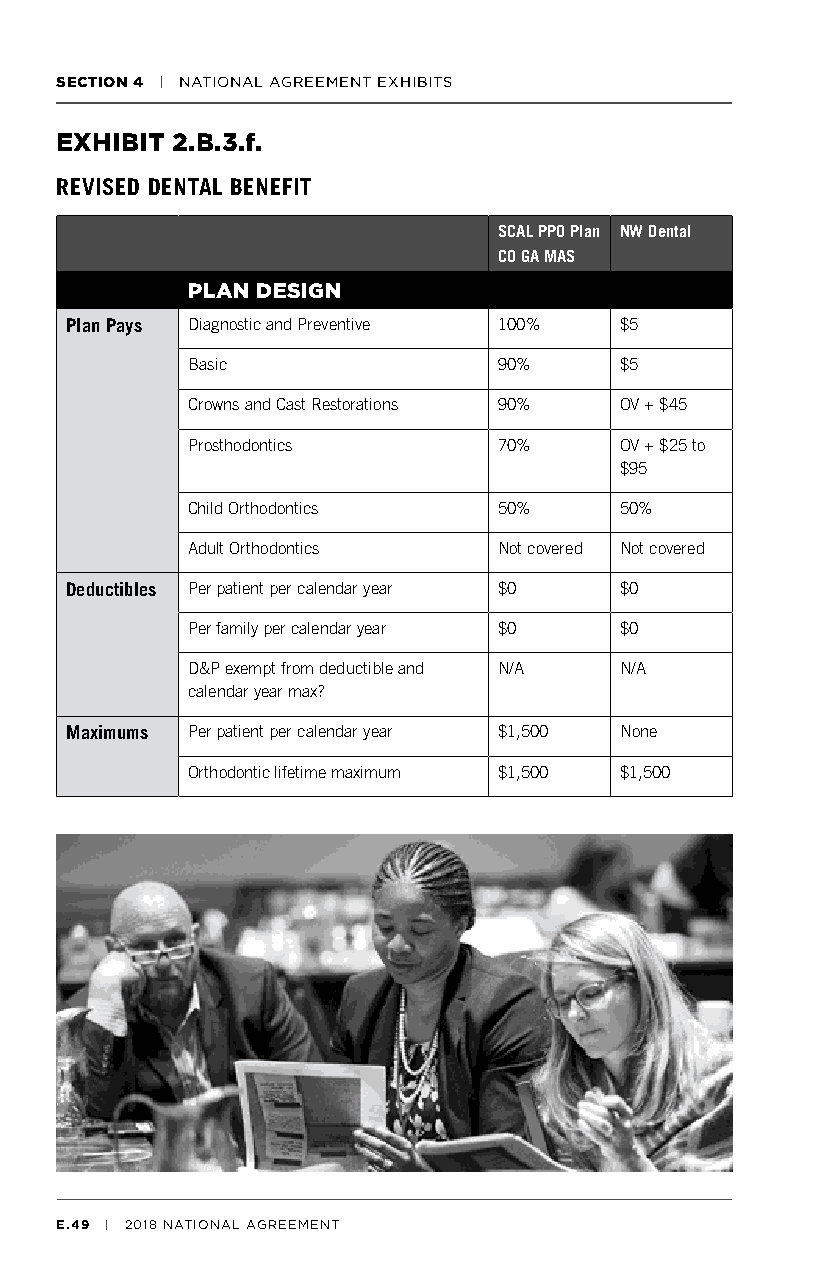
SECTION 4 | NATIONAL AGREEMENT EXHIBITS
 EXHIBIT 2.B.3.f.
 REVISED DENTAL BENEFIT
 SCAL PPO Plan NW Dental
 CO GA MAS
 PLAN DESIGN
 Plan Pays Diagnostic and Preventive 100% $5
 Basic                90%     $5
 Crowns and Cast Restorations 90% OV + $45
 Prosthodontics       70%     OV + $25 to
 $95
 Child Orthodontics   50%     50%
 Adult Orthodontics   Not covered Not covered
 Deductibles Per patient per calendar year $0 $0
 Per family per calendar year $0 $0
 D&P exempt from deductible and N/A N/A
 calendar year max?
 Maximums Per patient per calendar year $1,500 None
 Orthodontic lifetime maximum $1,500 $1,500
 E.49 | 2018 NATIONAL AGREEMENT